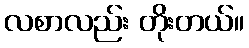
လစာလည်း တိုးတယ်။